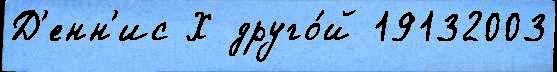
Д'енн'ис Х друго́й 19132003